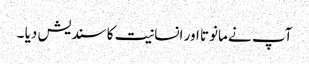
آپ نے مانوتا اور انسانیت کا سندیش دیا ۔